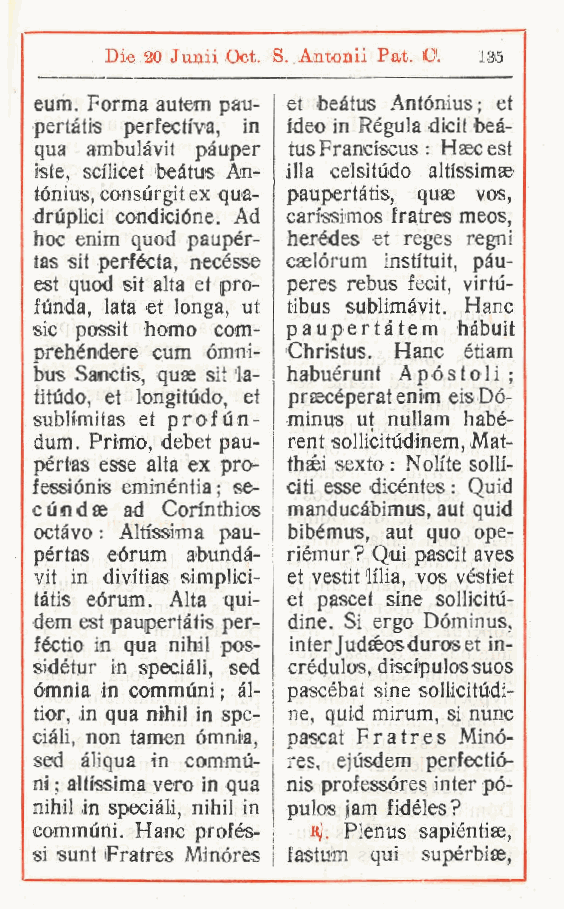
Die 20 Junii Oct. S. Antonii Pat. C. 135
 eum. Forma autem pau- et beàtus Antónius; et
 pertàtis perfecti'va, in ideo in Régula dicit beà-
 qua ambulavi! pàuper tus Franciscus : Hsecest
 iste, scilicet beàtus Àn- illa celsitùdo altfssimae
 tónius, consùrgit ex qua- paupertàtis, quae vos,
 druplici condicióne. Ad carissimos fratres meos,
 hoc enim quod paupér- herédes et reges regni
 tas sit perfécta necésse cselórum instituit, pàu-
 ,
 est quod sit aita et pro- peres rebus fecit, virtù-
 fónda, lata et longa, ut tibus sublimàvit. Hanc
 sic possit homo com- paupertàtem hàbuit
 prehéndere cum òmni- Christus. Hanc étiam
 bus Sanctis quae sit la- habuérunt A póstoli ;
 ,
 titùdo, et longitùdo et praecéperat enim eis Dó-
 ,
 subh'mitas et profùn- minus ut nullam habé-
 dum. Primo, debet pau- rent sollicitùdinem, Mat-
 pértas esse alta ex pro- thaéi sexto : Nolite solli-
 fessiónis eminéntia; se- citi esse dicéntes : Quid
 cùodae ad Cointhios manducàbimus, aut quid
 octàvo : Altissima pau- bibémus, aut quo ope-
 pértas eórum abundà- riémur ? Qui pascit aves
 vil in divitias simplici- et vestit lilla, vos véstiet
 tàtis eórum. Alta qui- et pascei sine sollicitù-
 dem est paupertàtis per- dine. Si ergo Dóminus,
 féctio in qua nihil pos- Inter Judaéosduros et in-
 sidétur in speciali sed crédulos, discipulossuos
 ,
 ómnia in commùni ; àl- pascébat sine sollicitùdi-
 tior, in qua nihil in spe- ne, quid mirum, si nunc
 ciali, non tamen omnia pascat Fratres Minó-
 ,
 sed àliqua in commù- res, ejùsdem perfectió-
 ni ; altissima vero in qua nis professóres Inter pó-
 nihil in speciali nihil in pulos iam fidéles?
 ,
 commùni. Hanc profés- R). Plenus sapiéntiae,
 si sunt Fratres Minóres fastum qui sujxrbias,
 r